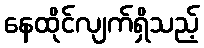
နေထိုင်လျက်ရှိသည့်